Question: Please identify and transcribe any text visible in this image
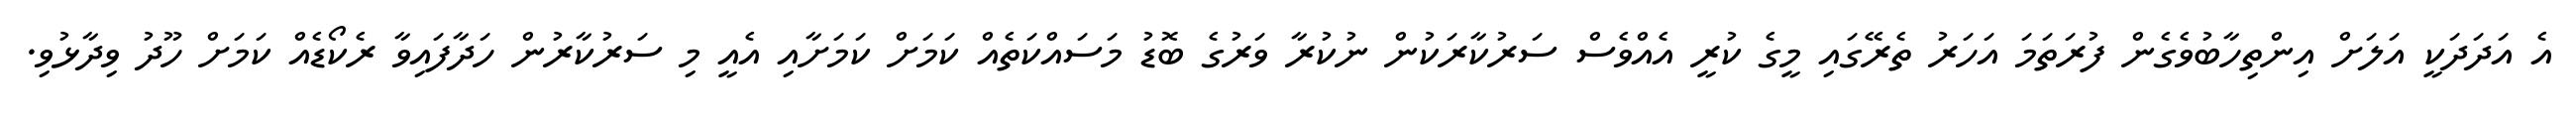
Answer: އެ އަދަދަކީ އަލަށް އިންތިހާބުވެގެން ފުރަތަމަ އަހަރު ތެރޭގައި މީގެ ކުރީ އެއްވެސް ސަރުކާރަކުން ނުކުރާ ވަރުގެ ބޮޑު މަސައްކަތެއް ކަމަށް ކަމަށާއި އެއީ މި ސަރުކާރުން ހަދާފައިވާ ރެކޯޑެއް ކަމަށް ހޫދު ވިދާޅުވި.